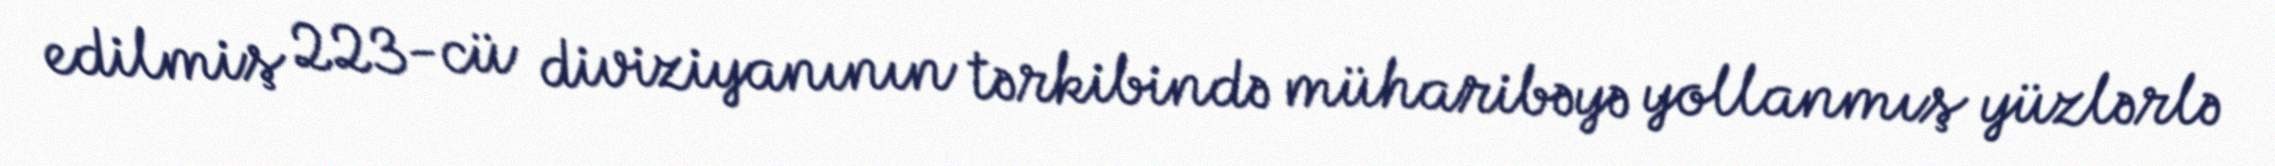
edilmiş 223-cü diviziyanının tərkibində müharibəyə yollanmış yüzlərlə